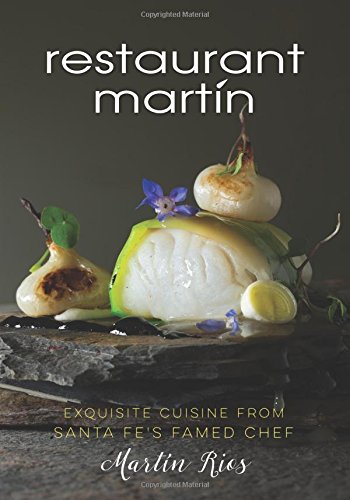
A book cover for The Restaurant Martin Cookbook: Sophisticated Home Cooking From the Celebrated Santa Fe Restaurant; Martin Rios; Cookbooks, Food & Wine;